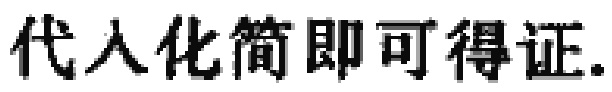
代入化简即可得证.